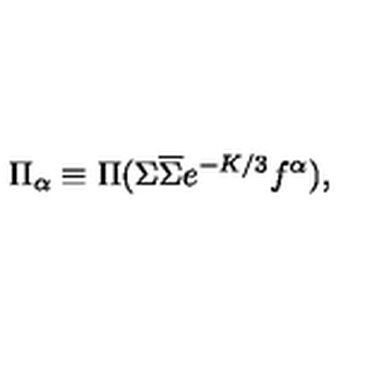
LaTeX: \Pi _ { \alpha } \equiv \Pi ( \Sigma \overline { { \Sigma } } e ^ { - K / 3 } f ^ { \alpha } ) ,